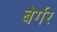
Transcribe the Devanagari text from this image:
बेर्गर